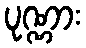
ပုဏ္ဏား